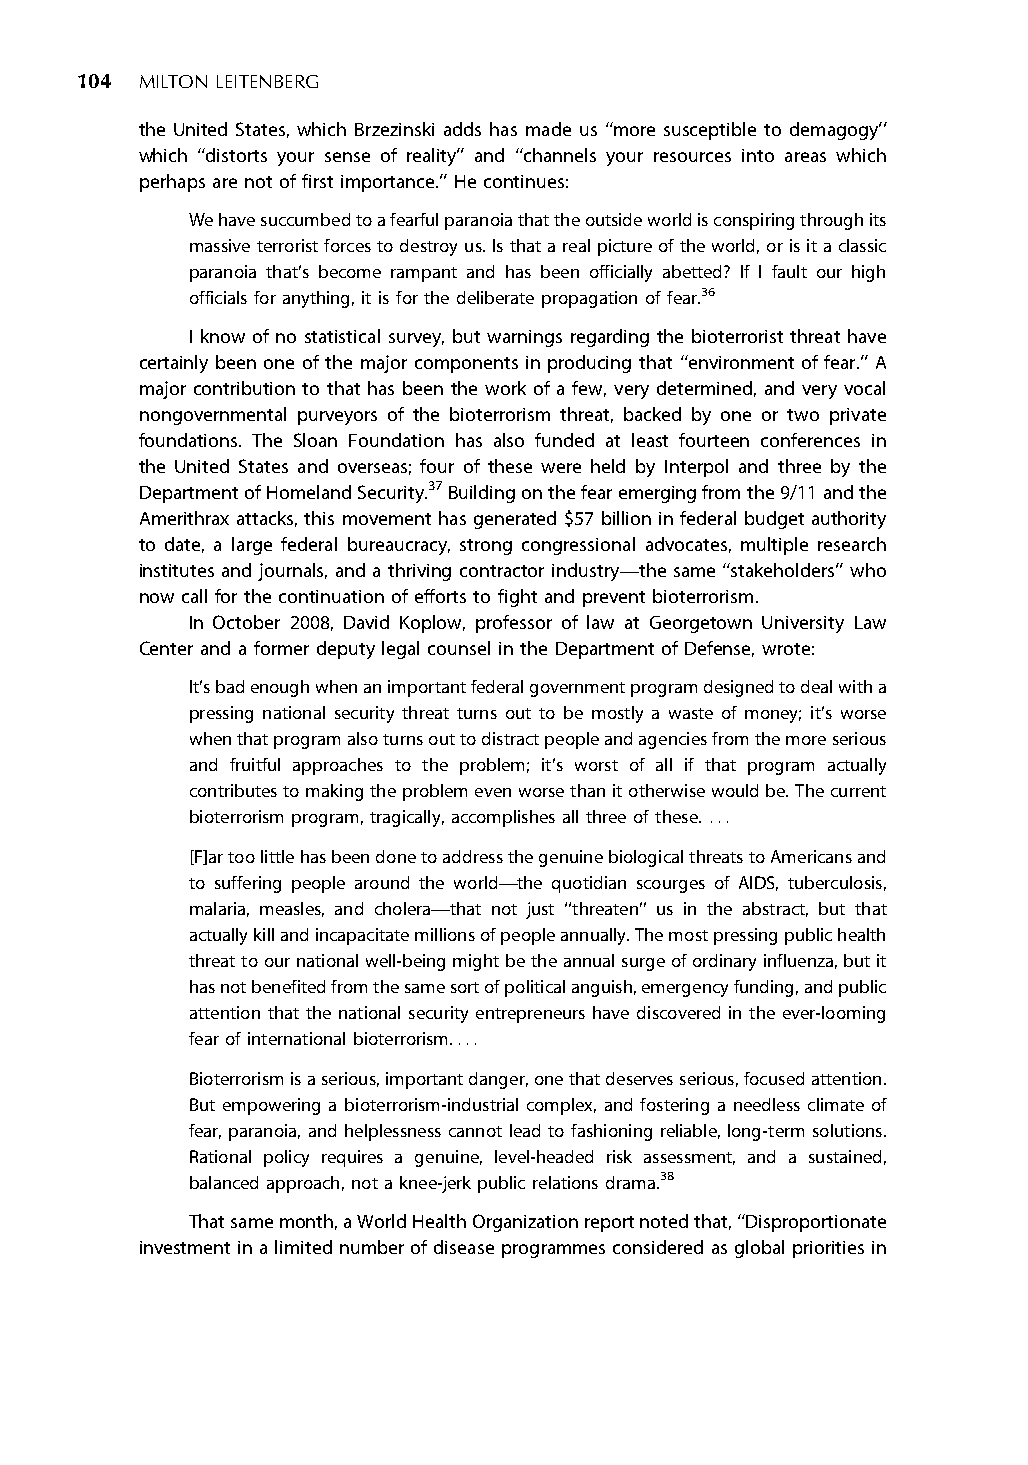
104 MILTONLEITENBERG
 the United States, which Brzezinski adds has made us ‘‘more susceptible to demagogy’’
 which ‘‘distorts your sense of reality’’ and ‘‘channels your resources into areas which
 perhaps are not of first importance.’’ He continues:
 Wehavesuccumbedtoafearfulparanoiathattheoutsideworldisconspiringthroughits
 massiveterroristforcestodestroyus.Isthatarealpictureoftheworld,orisitaclassic
 paranoia that’s become rampant and has been officially abetted? If I fault our high
 officials foranything,it is forthe deliberatepropagation offear.36
 I know of no statistical survey, but warnings regarding the bioterrorist threat have
 certainly been one of the major components in producing that ‘‘environment of fear.’’ A
 major contribution to that has been the work of a few, very determined, and very vocal
 nongovernmental purveyors of the bioterrorism threat, backed by one or two private
 foundations. The Sloan Foundation has also funded at least fourteen conferences in
 the United States and overseas; four of these were held by Interpol and three by the
 DepartmentofHomelandSecurity.37Buildingonthefearemergingfromthe9/11andthe
 Amerithrax attacks, this movement has generated $57 billion in federal budget authority
 to date, a large federal bureaucracy, strong congressional advocates, multiple research
 institutes and journals, and a thriving contractor industry*the same ‘‘stakeholders’’ who
 now call for the continuation of efforts to fight and prevent bioterrorism.
 In October 2008, David Koplow, professor of law at Georgetown University Law
 Center and a former deputy legal counsel in the Department of Defense, wrote:
 It’sbadenoughwhenanimportantfederalgovernmentprogramdesignedtodealwitha
 pressing national security threat turns out to be mostly a waste of money; it’s worse
 whenthatprogramalsoturnsouttodistractpeopleandagenciesfromthemoreserious
 and fruitful approaches to the problem; it’s worst of all if that program actually
 contributestomakingtheproblemevenworsethanitotherwisewouldbe.Thecurrent
 bioterrorismprogram, tragically,accomplishes allthree ofthese. ...
 [F]artoolittlehasbeendonetoaddressthegenuinebiologicalthreatstoAmericansand
 to suffering people around the world*the quotidian scourges of AIDS, tuberculosis,
 malaria, measles, and cholera*that not just ‘‘threaten’’ us in the abstract, but that
 actuallykillandincapacitatemillionsofpeopleannually.Themostpressingpublichealth
 threattoournationalwell-beingmightbetheannualsurgeofordinaryinfluenza,butit
 hasnotbenefitedfromthesamesortofpoliticalanguish,emergencyfunding,andpublic
 attention that the national security entrepreneurs have discovered in the ever-looming
 fearof internationalbioterrorism....
 Bioterrorismisaserious,importantdanger,onethatdeservesserious,focusedattention.
 But empowering a bioterrorism-industrial complex, and fostering a needless climate of
 fear, paranoia, and helplessness cannot lead to fashioning reliable, long-term solutions.
 Rational policy requires a genuine, level-headed risk assessment, and a sustained,
 balancedapproach, notaknee-jerk public relations drama.38
 Thatsamemonth,aWorldHealthOrganizationreportnotedthat,‘‘Disproportionate
 investment ina limited numberof disease programmes considered as global priorities in